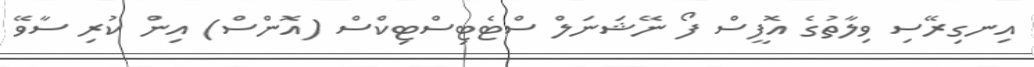
އިނގިރޭސި ވިލާތުގެ އޮފީސް ފޯ ނޭޝަނަލް ސްޓެޓިސްޓިކްސް (އޮންސް) އިން ކުރި ސާވޭ